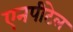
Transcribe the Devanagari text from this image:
एनपीटेल